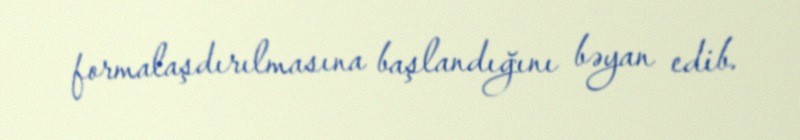
formalaşdırılmasına başlandığını bəyan edib.